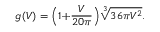
g ( V ) = \Big ( 1 \! + \! \frac V { 2 0 \pi } \Big ) \sqrt [ 3 ] { 3 6 \pi V ^ { 2 } } .